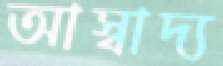
আস্বাদ্য